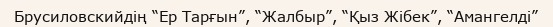
Брусиловскийдің “Ер Тарғын”, “Жалбыр”, “Қыз Жібек”, “Амангелді”